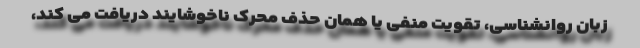
زبان روانشناسی، تقویت منفی یا همان حذف محرک ناخوشایند دریافت می کند،